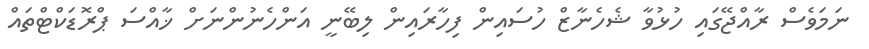
ނަމަވެސް ރާއްޖޭގައި ހުޅުވާ ޝެހެނާޒް ހުސައިން ފިހާރައިން ލިބޭނީ އަންހެނުންނަށް ޚާއްސަ ޕްރޮޑަކްޓްތައް